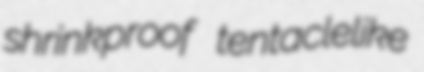
shrinkproof tentaclelike